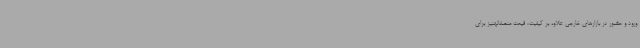
ورود و حضور در بازارهای خارجی علاوه بر کیفیت، قیمت منصفانهنیز برای